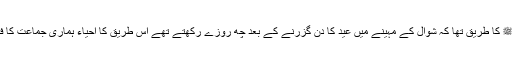
آنحضرتﷺ کا طریق تھا کہ شوال کے مہینے میں عید کا دن گزرنے کے بعد چھ روزے رکھتے تھے اس طریق کا احیاء ہماری جماعت کا فرض ہے۔